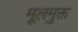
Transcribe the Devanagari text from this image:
मूलमुक्त